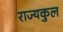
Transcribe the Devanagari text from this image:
राज्यकुल